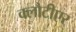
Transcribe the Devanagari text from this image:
क्लौटीएर